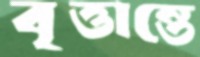
বৃত্তান্তে